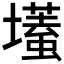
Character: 𡒹